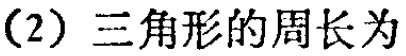
（2）三角形的周长为